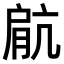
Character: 𫆥